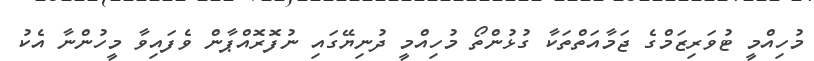
މުހިއްމީ ޓުވަރިޒަމްގެ ޖަމާއަތްތަކާ ގުޅުންތޯ މުހިއްމީ ދުނިޔޭގައި ނުފޮރޮއްޕާން ވެފައިވާ މީހުންނާ އެކު